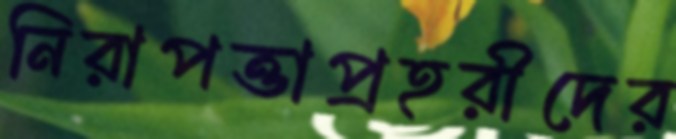
নিরাপত্তাপ্রহরীদের